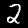
Digit: 2